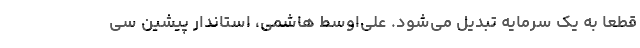
قطعا به یک سرمایه تبدیل می‌شود. علی‌اوسط هاشمی، استاندار پیشین سی